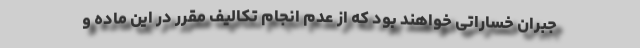
جبران خساراتی خواهند بود که از عدم انجام تکالیف مقرر در این ماده و